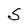
Character: S